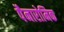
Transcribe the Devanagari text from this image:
पैनारोमिक